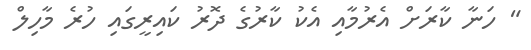
" ހަނާ ކާރަށް އެރުމާއި އެކު ކާރުގެ ދޮރު ކައިރީގައި ހުރެ މާހިލް